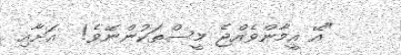
"އޭ އީމާންވެއްޖެ މީސްތަކުންނޭވެ!  އަށާއި